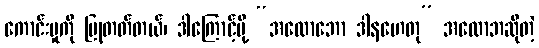
ကောင်းမှုကို ပြုတတ်တယ်၊ ဒါကြောင့်မို့ “အလောဘော ဒါနဟေတု” အလောဘဆိုတဲ့